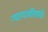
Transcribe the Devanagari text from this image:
न्यायाधीशांचे